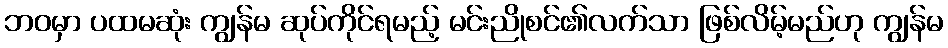
ဘဝမှာ ပထမဆုံး ကျွန်မ ဆုပ်ကိုင်ရမည့် မင်းညိုစင်၏လက်သာ ဖြစ်လိမ့်မည်ဟု ကျွန်မ